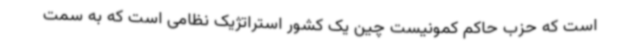
است که حزب حاکم کمونیست چین یک کشور استراتژیک نظامی است که به سمت